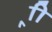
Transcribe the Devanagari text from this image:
र्‍ाी